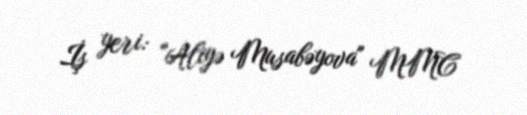
İş yeri: "Aliyə Musabəyova" MMC